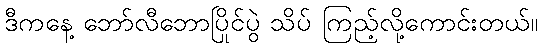
ဒီကနေ့ ဘော်လီဘောပြိုင်ပွဲ သိပ် ကြည့်လို့ကောင်းတယ်။